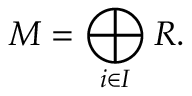
M = \bigoplus _ { i \in I } R .